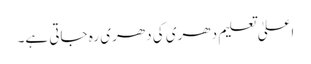
اعلیٰ تعلیم دھری کی دھری رہ جاتی ہے۔